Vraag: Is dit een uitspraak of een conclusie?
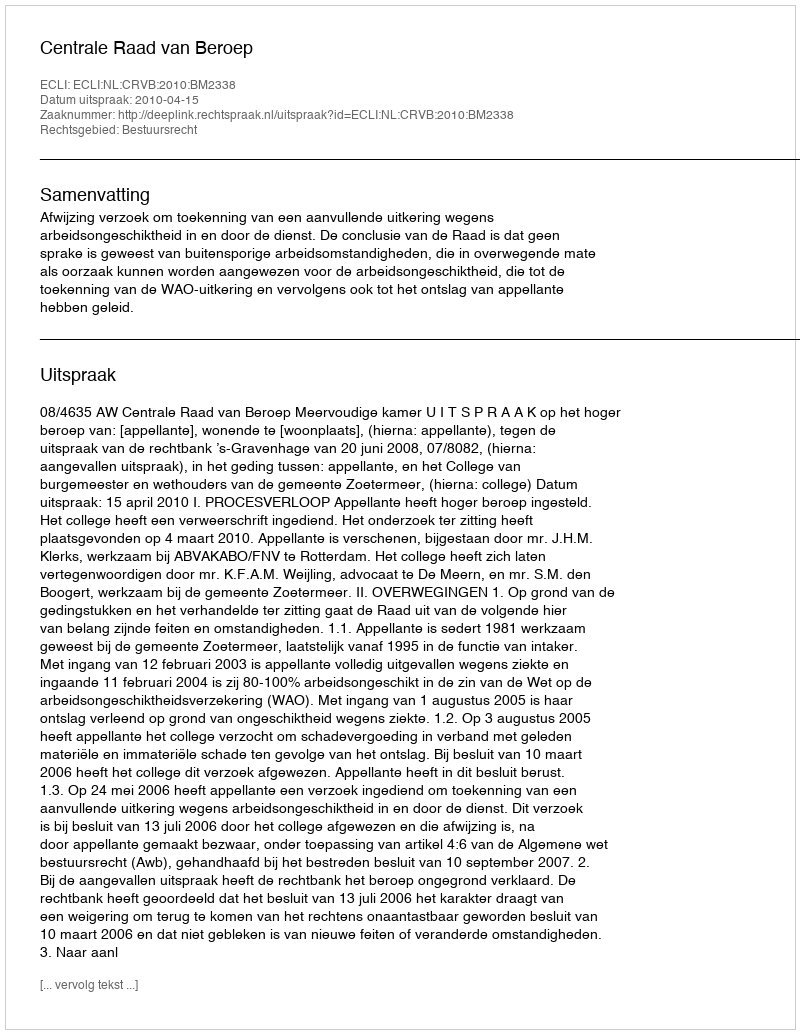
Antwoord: Uitspraak